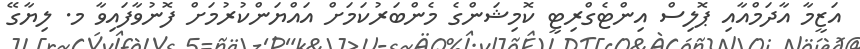
އަޒީމާ އާދަމްއާއި ޕޮލިސް އިންޓެގްރިޓީ ކޮމިޝަންގެ މެންބަރުކަމަށް އައްޔަންކުރުމަށް ފޮނުވާފައިވާ މ. ލިޔާގޭ